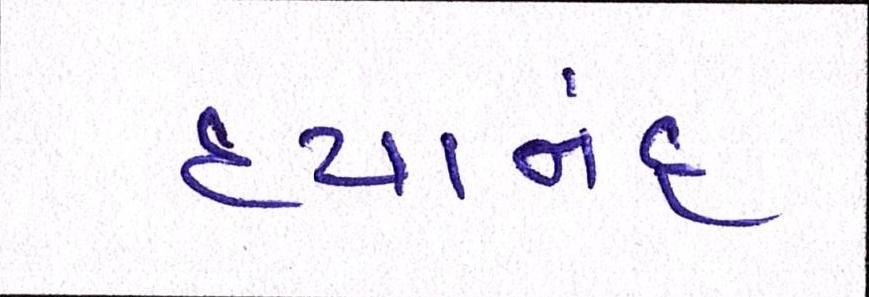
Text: દયાનંદ